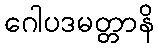
ဂေါပဒမတ္တာနိ